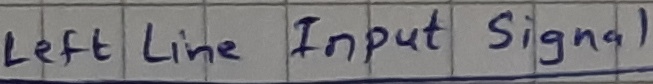
Text: left lineInput signal